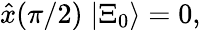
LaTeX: \hat{x}(\pi/2)\; |{\Xi}_{0}\rangle=0,